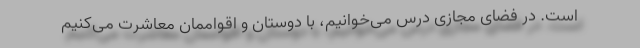
است. در فضای مجازی درس می‌خوانیم، با دوستان و اقواممان معاشرت می‌کنیم